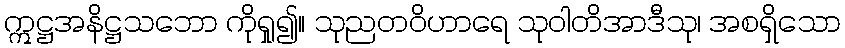
ဣဋ္ဌအနိဋ္ဌသဘော ကိုရှု၍။ သုညတဝိဟာရေ သုဝါတိအာဒီသု၊ အစရှိသော